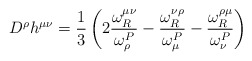
\begin{align*}D^{\rho}h^{\mu \nu}=\frac{1}{3}\left(2\frac{\omega_{R}^{\mu \nu}}{\omega^{P}_{\rho}}-\frac{\omega_{R}^{\nu \rho}}{\omega^{P}_{\mu}}-\frac{\omega_{R}^{\rho \mu}}{\omega^{P}_{\nu}}\right)\end{align*}